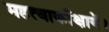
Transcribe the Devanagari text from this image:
महत्वाकाँक्षायें।